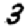
Digit: 3